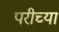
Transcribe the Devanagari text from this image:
परीच्या